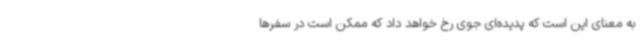
به معنای این است که پدیده‌ای جوی رخ خواهد داد که ممکن است در سفرها